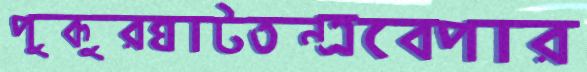
পুকুরঘাটতন্ত্রবেপার